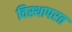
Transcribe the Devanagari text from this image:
विस्थापरत